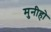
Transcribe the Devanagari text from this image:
मुनीहो